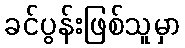
ခင်ပွန်းဖြစ်သူမှာ